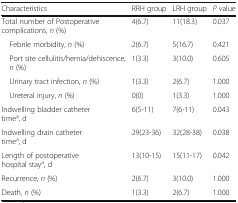
<table><thead><tr><td><b>Characteristics</b></td><td><b>RRH group</b></td><td><b>LRH group</b></td><td><b><i>P</i> value</b></td></tr></thead><tbody><tr><td>Total number of Postoperative complications, <i>n</i> (%)</td><td>4(6.7)</td><td>11(18.3)</td><td>0.037</td></tr><tr><td> Febrile morbidity, <i>n</i> (%)</td><td>2(6.7)</td><td>5(16.7)</td><td>0.421</td></tr><tr><td> Port site cellulitis/hernia/dehiscence, <i>n</i> (%)</td><td>1(3.3)</td><td>3(10.0)</td><td>0.605</td></tr><tr><td> Urinary tract infection, <i>n</i> (%)</td><td>1(3.3)</td><td>2(6.7)</td><td>1.000</td></tr><tr><td> Ureteral injury, <i>n</i> (%)</td><td>0(0)</td><td>1(3.3)</td><td>1.000</td></tr><tr><td>Indwelling bladder catheter time<sup>a</sup>, d</td><td>6(5-11)</td><td>7(6-11)</td><td>0.043</td></tr><tr><td>Indwelling drain catheter time<sup>a</sup>, d</td><td>29(23-36)</td><td>32(28-38)</td><td>0.038</td></tr><tr><td>Length of postoperative hospital stay<sup>a</sup>, d</td><td>13(10-15)</td><td>15(11-17)</td><td>0.042</td></tr><tr><td>Recurrence, <i>n</i> (%)</td><td>2(6.7)</td><td>3(10.0)</td><td>1.000</td></tr><tr><td>Death, <i>n</i> (%)</td><td>1(3.3)</td><td>2(6.7)</td><td>1.000</td></tr></tbody></table>